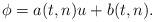
LaTeX: \begin{align*}\phi=a(t,n)u+b(t,n).\end{align*}